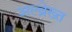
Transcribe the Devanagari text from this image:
अल्ब्रेख्त